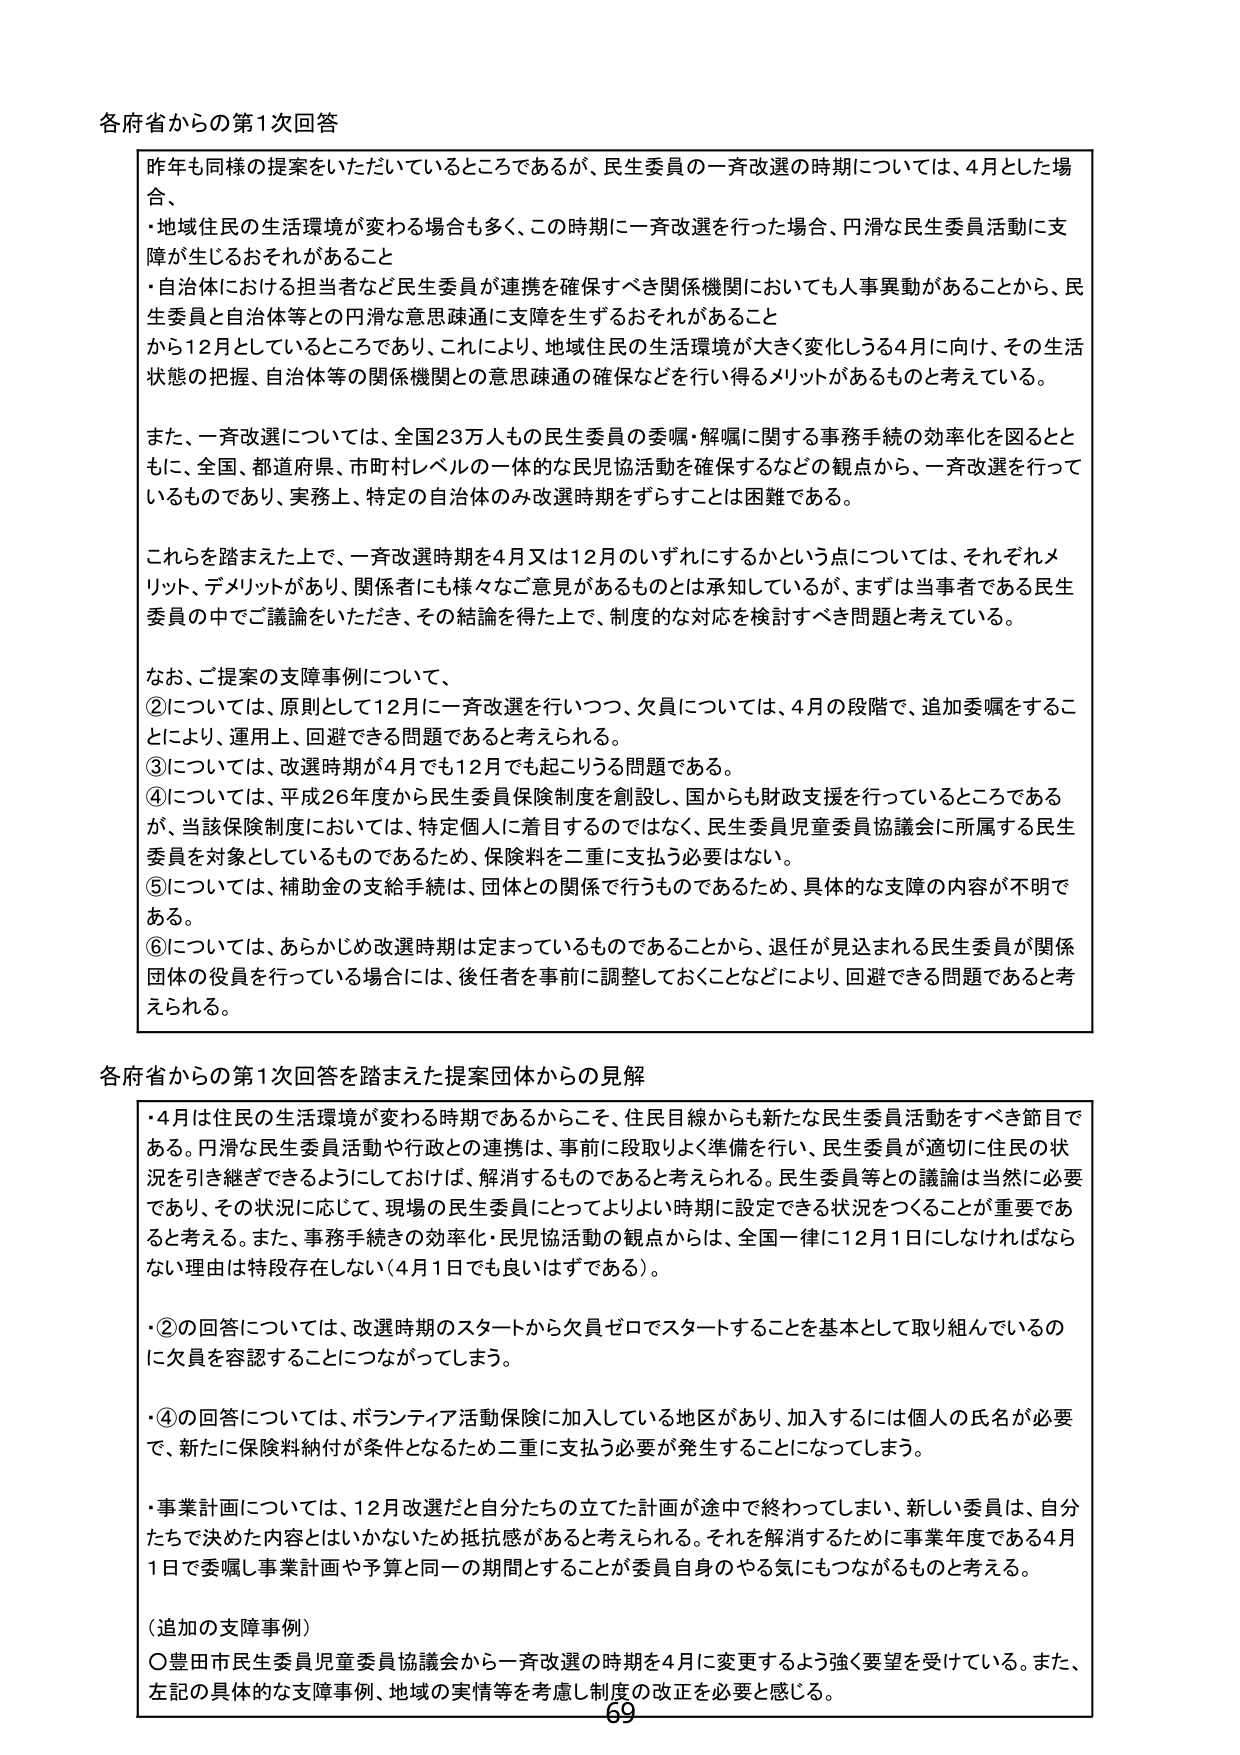
各府省からの第1次回答

昨年も同様の提案をいただいているところであるが、民生委員の一斉改選の時期については、4月とした場合、
・地域住民の生活環境が変わる場合も多く、この時期に一斉改選を行った場合、円滑な民生委員活動に支障が生じるおそれがあること
・自治体における担当者など民生委員が連携を確保すべき関係機関においても人事異動があることから、民生委員と自治体等との円滑な意思疎通に支障を生ずるおそれがあること
から12月としているところであり、これにより、地域住民の生活環境が大きく変化しうる4月に向け、その生活状態の把握、自治体等の関係機関との意思疎通の確保などを行得るメリットがあるものと考えている。

また、一斉改選については、全国23万人もの民生委員の委嘱・解嘱に関する事務手続の効率化を図るともに、全国、都道府県、市町村レベルの一体的な民児協活動を確保するなどの観点から、一斉改選を行っているものであり、実務上、特定の自治体のみ改選時期をずらすことは困難である。

これらを踏まえた上で、一斉改選時期を4月又は12月のいずれにするかという点については、それぞれメリット、デメリットがあり、関係者にも様々なご意見があるものとは承知しているが、まずは当事者である民生委員の中でご議論をいただき、その結論を得た上で、制度的な対応を検討すべき問題と考えている。

なお、ご提案の支障事例について、
②については、原則として12月に一斉改選を行いつつ、欠員については、4月の段階で、追加委嘱をすることにより、運用上、回避できる問題であると考えられる。
③については、改選時期が4月でも12月でも起こりうる問題である。
④については、平成26年度から民生委員保険制度を創設し、国からも財政支援を行っているところであるが、当該保険制度においては、特定個人に着目するのではなく、民生委員児童委員協議会に所属する民生委員を対象としているものであるため、保険料を二重に支払う必要はない。
⑤については、補助金の支給手続は、団体との関係で行うものであるため、具体的な支援の内容が不明である。
⑥については、あらかじめ改選時期は定まっているものであることから、退任が見込まれる民生委員が関係団体の役員を行っている場合には、後任者を事前に調整しておくことなどにより、回避できる問題であると考えられる。

各府省からの第1次回答を踏まえた提案団体からの見解

・4月は住民の生活環境が変わる時期であるからこそ、住民目線からも新たな民生委員活動をすべき節目である。円滑な民生委員活動や行政との連携は、事前に段取りよく準備を行い、民生委員が適切に住民の状況を引き継ぎできるようにしておけば、解消するものであると考えられる。民生委員等との議論は当然に必要であり、その状況に応じて、現場の民生委員にとってよりよい時期に設定できる状況をつくることが重要であると考える。また、事務手続きの効率化・民児協活動の観点からは、全国一律に12月1日にはしなければならない理由は特段存在しない（4月1日でも良いはずである）。

・②の回答については、改選時期のスタートから欠員ゼロでスタートすることを基本として取り組んでいるのに欠員を容認することにつながってしまう。

・④の回答については、ボランティア活動保険に加入している地区があり、加入するには個人の氏名が必要で、新たに保険料納付が条件となるため二重に支払う必要が発生することになってしまう。

・事業計画については、12月改選だと自分たちの立てた計画が途中で終わってしまい、新しい委員は、自分たちで決めた内容とはいかないため抵抗感があると考えられる。それを解消するために事業年度である4月1日で委嘱し事業計画や予算と同一の期間とすることが委員自身のやる気にもつながるものと考える。

（追加の支障事例）
〇豊田市民生委員児童委員協議会から一斉改選の時期を4月に変更するよう強く要望を受けている。また、左記の具体的な支障事例、地域の実情等を考慮し制度の改正を必要と感じる。

69